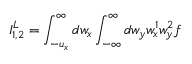
I _ { 1 , 2 } ^ { L } = \int _ { - u _ { x } } ^ { \infty } d w _ { x } \int _ { - \infty } ^ { \infty } d w _ { y } w _ { x } ^ { 1 } w _ { y } ^ { 2 } f